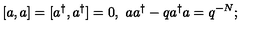
[ a , a ] = [ a ^ { \dag } , a ^ { \dag } ] = 0 , \ a a ^ { \dag } - q a ^ { \dag } a = q ^ { - N } ;